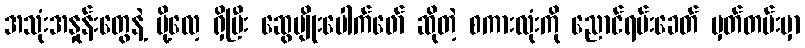
အသုံးအနှုန်းတွေနဲ့ ပို့လေ့ ရှိပြီး ဆွေမျိုးပေါက်ဖော် ဆိုတဲ့ စကားလုံးကို ညောင်ရမ်းခေတ် မှတ်တမ်းမှာ